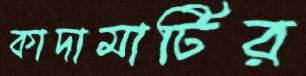
কাদামাটির